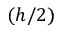
( h / 2 )